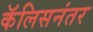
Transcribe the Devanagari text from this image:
कॅलिसनंतर